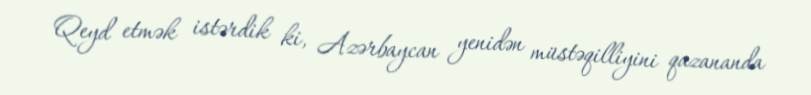
Qeyd etmək istərdik ki, Azərbaycan yenidən müstəqilliyini qazananda